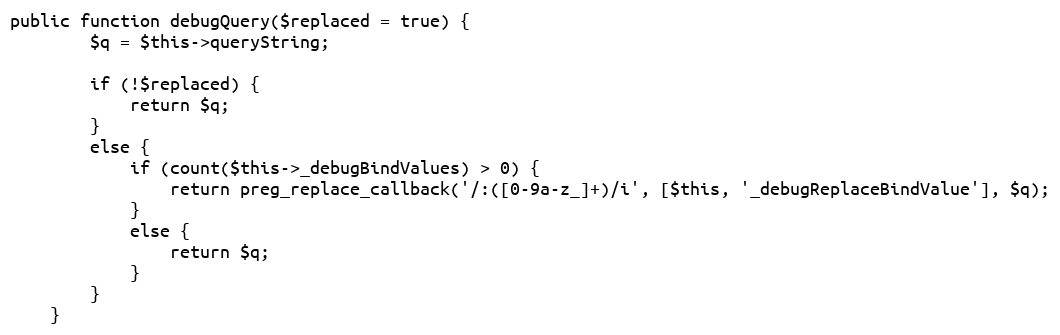
Language: PHP
public function debugQuery($replaced = true) {
        $q = $this->queryString;

        if (!$replaced) {
            return $q;
        }
        else {
            if (count($this->_debugBindValues) > 0) {
                return preg_replace_callback('/:([0-9a-z_]+)/i', [$this, '_debugReplaceBindValue'], $q);
            }
            else {
                return $q;
            }
        }
    }